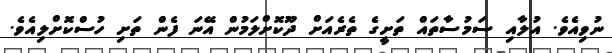
ނުވިއެވެ. އުލާއި ސަމުސާތައް ތަށީގެ ތެރެއަށް ދޫކޮށްލަމުން އޭނަ ފެން ތަށި ހުސްކޮށްލިއެވެ.